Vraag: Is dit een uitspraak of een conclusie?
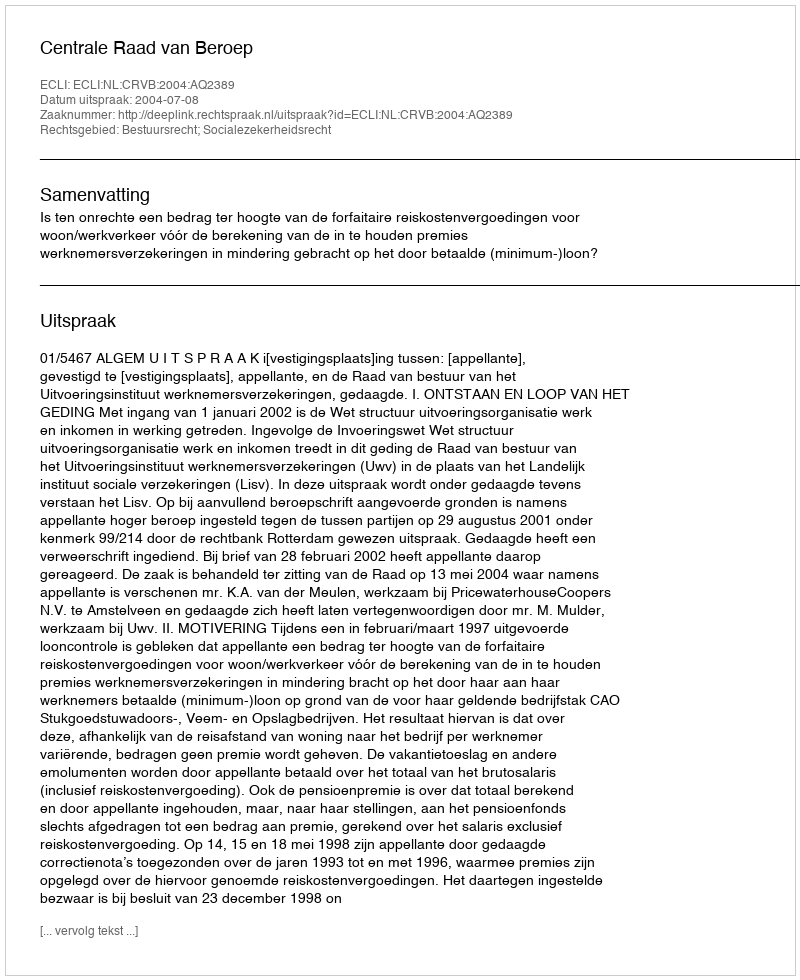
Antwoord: Uitspraak